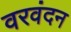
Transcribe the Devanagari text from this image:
वरवंदन